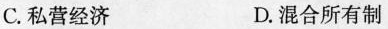
C.私营经济 D.混合所有制